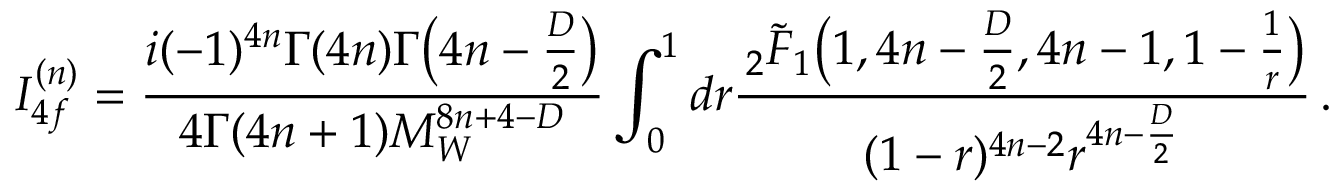
I _ { 4 f } ^ { ( n ) } = \frac { i ( - 1 ) ^ { 4 n } \Gamma ( 4 n ) \Gamma \big ( 4 n - \frac { D } { 2 } \big ) } { 4 \Gamma ( 4 n + 1 ) M _ { W } ^ { 8 n + 4 - D } } \int _ { 0 } ^ { 1 } d r \frac { \, _ { 2 } \tilde { F } _ { 1 } \big ( 1 , 4 n - \frac { D } { 2 } , 4 n - 1 , 1 - \frac { 1 } { r } \big ) } { ( 1 - r ) ^ { 4 n - 2 } r ^ { 4 n - \frac { D } { 2 } } } \, .